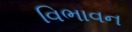
વિભાવન